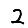
Digit: 2